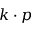
k \cdot p